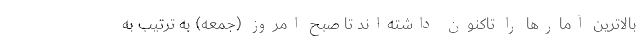
بالاترین آمارها را تاکنون داشته‌اند تا صبح امروز (جمعه) به ترتیب به